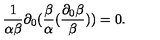
\frac { 1 } { \alpha \beta } \partial _ { 0 } ( \frac { \beta } { \alpha } ( \frac { \partial _ { 0 } \beta } { \beta } ) ) = 0 .